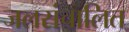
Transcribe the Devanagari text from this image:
जलसंचालित